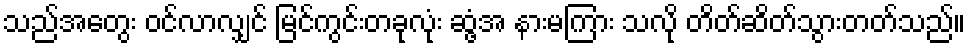
သည်အတွေး ဝင်လာလျှင် မြင်ကွင်းတခုလုံး ဆွံ့အ နားမကြား သလို တိတ်ဆိတ်သွားတတ်သည်။